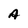
Character: A